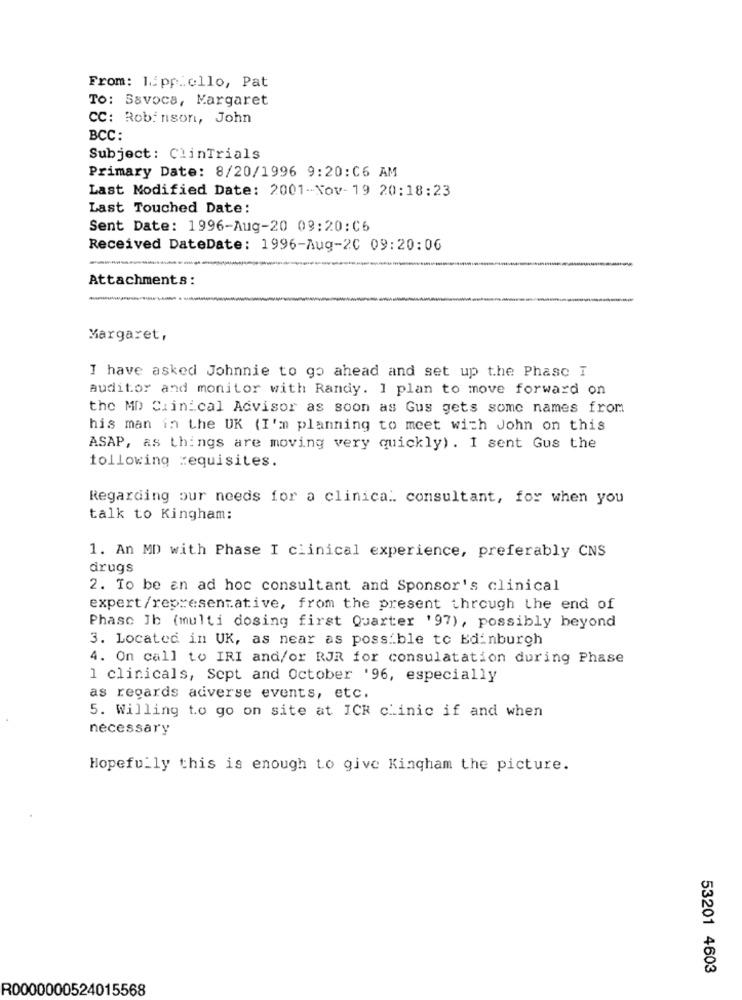
From: l .: pp.cllo, Pat
To: Savoca, Margaret
CC: Robinson, John
BCC :
Subject: ClinTrials
Primary Date: 8/20/1996 9:20:06 AM
Last Modified Date: 2001-Nov-19 20:18:23
Last Touched Date:
Sent Date: 1996-Aug-20 09:20:C6
Received DateDate: 1996-Aug-20 09:20:06
Attachments:
------
Margaret,
I have asked Johnnie to go ahead and set up the Phase I
auditor and monitor with Randy. 1 plan to move forward on
the MD Clinical Advisor as soon as Gus gets some names from
his man in the UK (I'm planning to meet with John on this
ASAP, as things are moving very quickly). I sent Gus the
following requisites.
Regarding our needs for a clinical. consultant, for when you
talk to Kingham:
1. An MD with Phase I clinical experience, preferably CNS
drugs
2. To be an ad hoc consultant and Sponsor's clinical
expert/representative, from the present through the end of
Phase Jb (multi dosing first Quarter '97), possibly beyond
3. Located in UK, as near as possible to Edinburgh
4. On call to IRI and/or RJR for consulatation during Phase
1 clinicals, Sept and October '96, especially
as regards adverse events, etc.
5. Willing to go on site at ICH clinic if and when
necessary
Hopefully this is enough to give Kingham the picture.
53201 4603
R0000000524015568